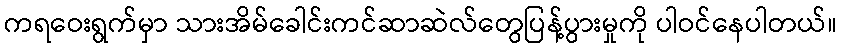
ကရဝေးရွက်မှာ သားအိမ်ခေါင်းကင်ဆာဆဲလ်တွေပြန့်ပွားမှုကို ပါဝင်နေပါတယ်။